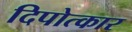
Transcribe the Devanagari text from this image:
दिपोत्कार